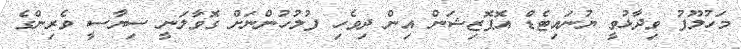
މަހުލޫފު ވިދާޅުވީ ޔުނައިޓެޑް އޮޕޮޒިޝަން އިން ދިވެހި ފުލުހުންނަށް ގޮވާލަނީ ސިޔާސީ ވެރިންގެ